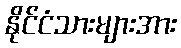
နိုင်ငံသားများအား